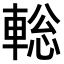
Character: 𨌪